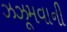
ઝઝૂમવાની